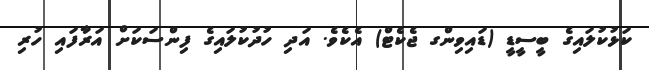
ކަޅުކުލައިގެ ބީސީޑީ (ޑައިވިންގ ޖެކެޓް) އެކެވެ. އަދި ހުދުކުލައިގެ ފިންސަކަށް އަރާފައި ހުރި